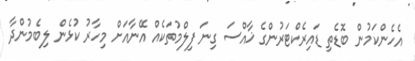
އެހެންކަމުން ބޮޑެތި ޑައިރެކްޓަރުންގެ ޚާއްސަ ގިނަ ފިލްމުތަކެއް އޭނާއަށް މިހާރު ކުޅެން ލިބެމުންދާ